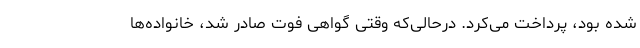
شده بود، پرداخت می‌کرد. درحالی‌که وقتی گواهی فوت صادر شد، خانواده‌ها